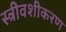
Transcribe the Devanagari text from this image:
स्त्रीवशीकरण